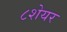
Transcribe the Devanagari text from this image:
८शेयर